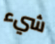
شيء